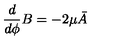
\frac { d } { d \phi } B = - 2 \mu \bar { A }